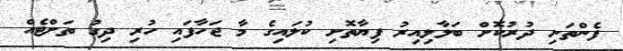
ފެންތަށި ދުރުކޮށް ބަލާލިއިރު ފިޔާތޮށި ކުލައިގެ މާ ޖަހާފައި ހުރި ދިގު ތަށްޓެއް